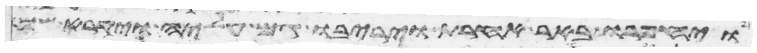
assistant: ויחפרו באר אחרת ויריבו גם עליה ויקרא שמה